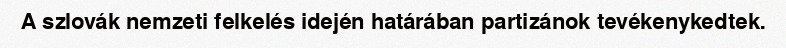
A szlovák nemzeti felkelés idején határában partizánok tevékenykedtek.